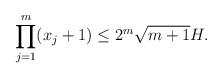
\begin{align*} \prod_{j=1}^{m} (x_{j}+1)\leq 2^{m}\sqrt{m+1}H.\end{align*}